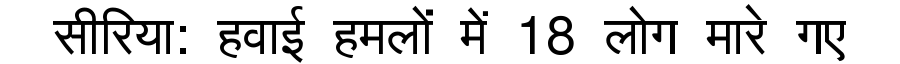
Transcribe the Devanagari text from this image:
सीरिया: हवाई हमलों में 18 लोग मारे गए